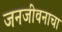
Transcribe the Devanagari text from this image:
जनजीवनाचा